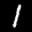
Label: 1